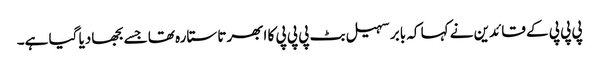
پی پی پی کے قائدین نے کہا کہ بابر سہیل بٹ پی پی پی کا ابھرتا ستارہ تھا جسے بجھادیا گیا ہے۔